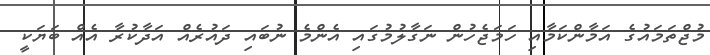
މުޖްތަމައުގެ އަމާންކަމާއި ހަމަޖެހުން ނަގާލުމުގައި އެންމެ ނުބައި ދައުރެއް އަދާކުރާ އެއް ބަޔަކީ